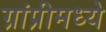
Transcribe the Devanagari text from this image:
ग्रांप्रीमध्ये